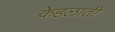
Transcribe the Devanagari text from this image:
केहलाती